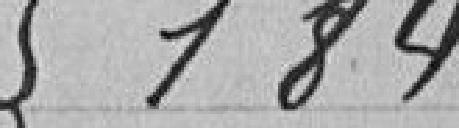
184